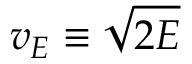
v _ { \cal E } \equiv \sqrt { 2 { \cal E } }